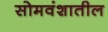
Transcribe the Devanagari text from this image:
सोमवंशातील